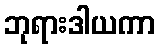
ဘုရားဒါယကာ